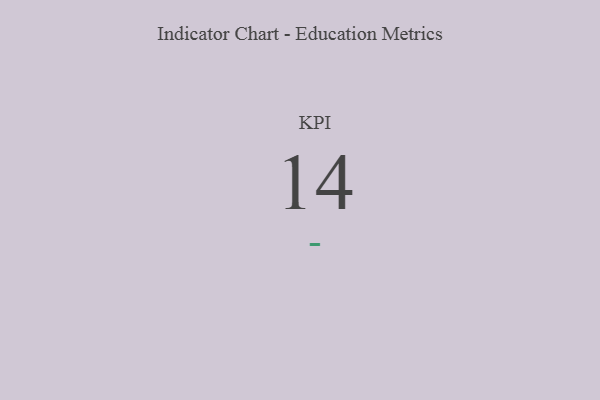
{"axis": {"x": "KPI", "y": "Value"}, "legend": [""], "data": [{"x": "KPI", "y": 14, "type": ""}]}